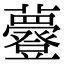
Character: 𧄼